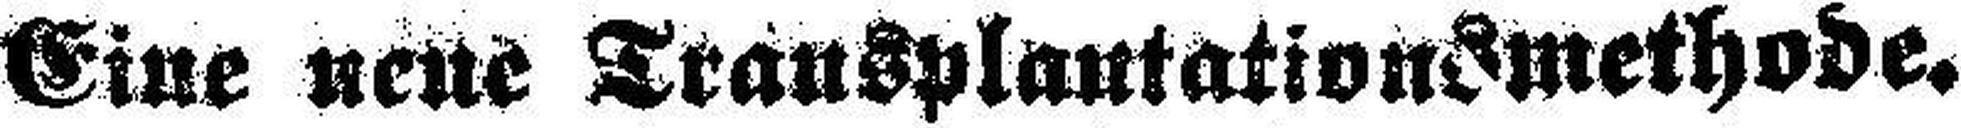
Eine neue Transplantationsmethode.